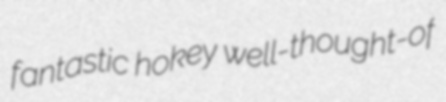
fantastic hokey well-thought-of